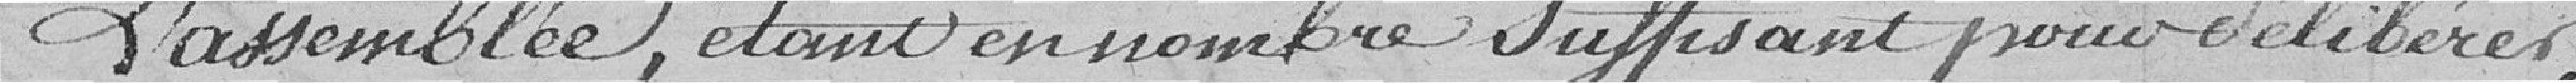
L'assemblée, étant en nombre suffisant pour délibérer,